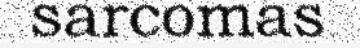
sarcomas